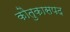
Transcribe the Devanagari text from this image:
काैतुकासपद